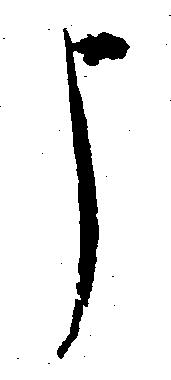
申